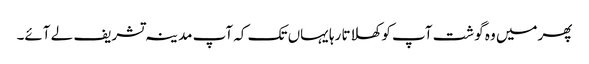
پھرمیں وہ گوشت آپ کو کھلاتا رہا یہاں تک کہ آپ مدینہ تشریف لے آئے۔